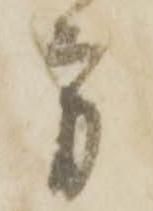
方